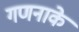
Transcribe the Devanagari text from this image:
गणनाके